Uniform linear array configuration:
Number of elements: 24
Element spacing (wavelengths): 1
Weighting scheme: kaiser
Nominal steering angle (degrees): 15
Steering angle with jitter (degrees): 16.924
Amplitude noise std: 0.05
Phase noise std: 0.05

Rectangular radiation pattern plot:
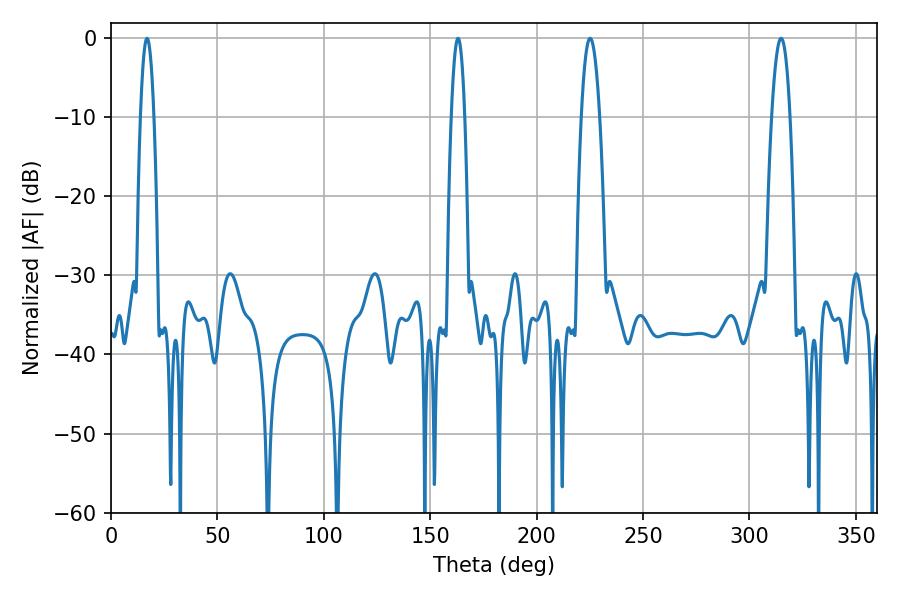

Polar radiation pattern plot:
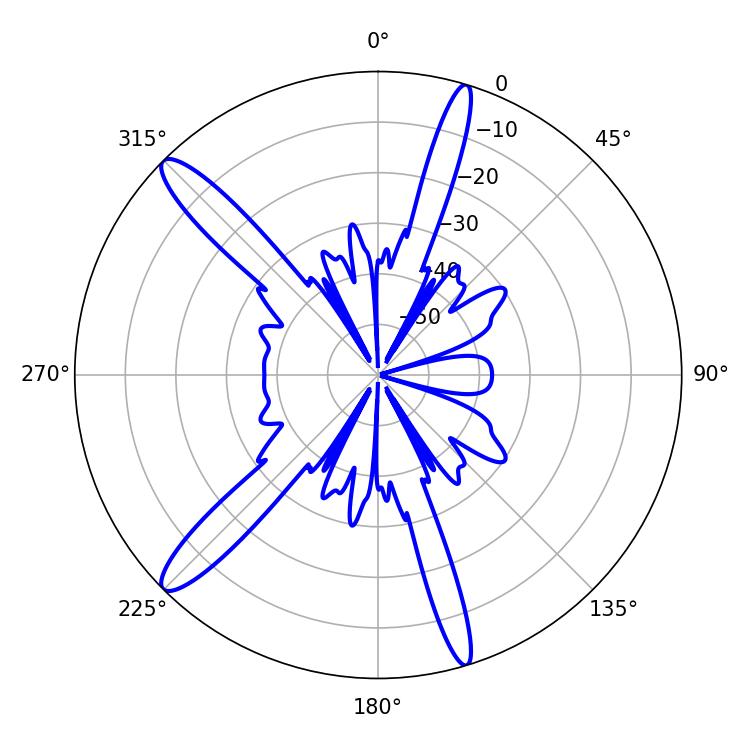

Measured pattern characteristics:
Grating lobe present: TRUE
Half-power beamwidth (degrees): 3.42
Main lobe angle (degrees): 16.92